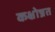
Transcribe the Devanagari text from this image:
कक्षोन्नत